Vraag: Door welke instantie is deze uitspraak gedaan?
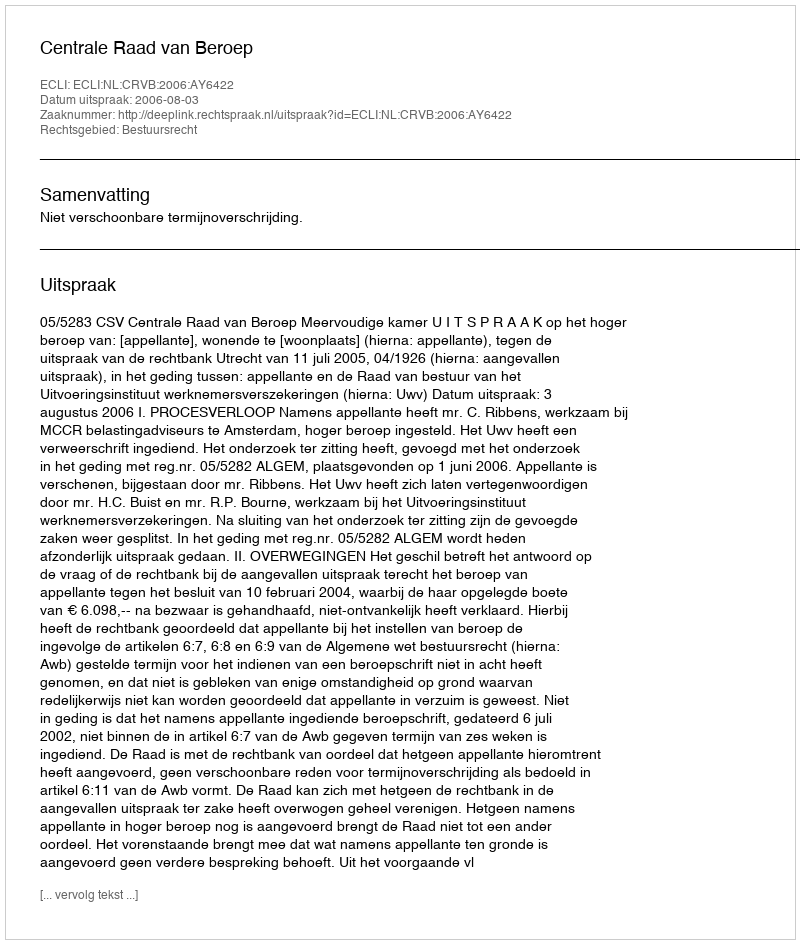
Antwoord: Centrale Raad van Beroep